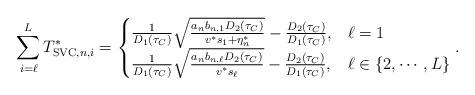
LaTeX: \begin{align*}\sum_{i=\ell}^L T_{{\rm SVC},n,i}^*= \begin{cases}\frac{1}{D_1(\tau_C)}\sqrt{\frac{a_{n}b_{n,1}D_2(\tau_C)}{v^*s_1+\eta_n^*}}-\frac{D_2(\tau_C)}{D_1(\tau_C)}, &\ell=1\\\frac{1}{D_1(\tau_C)}\sqrt{\frac{a_{n}b_{n,\ell}D_2(\tau_C)}{v^*s_\ell}}-\frac{D_2(\tau_C)}{D_1(\tau_C)}, &\ell \in\{2,\cdots,L\}\end{cases}.\end{align*}